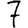
Digit: 7